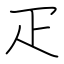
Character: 疋